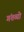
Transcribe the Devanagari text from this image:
गंतव्यो